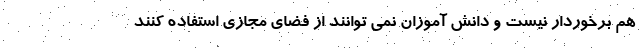
هم برخوردار نیست و دانش آموزان نمی توانند از فضای مجازی استفاده کنند